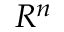
R ^ { n }